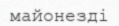
майонезді